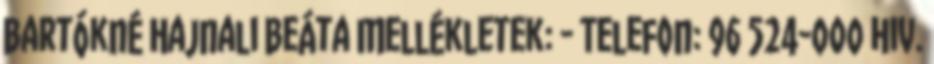
Bartókné Hajnali Beáta Mellékletek: - Telefon: 96 524-000 Hiv.